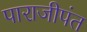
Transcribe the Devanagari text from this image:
पाराजीपंत